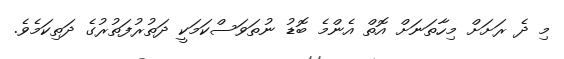
މި ދެ ރަށަށް މިހާތަނަށް އޮތް އެންމެ ބޮޑު ނުތަވަސްކަމަކީ ދަތުރުފަތުރުގެ ދަތިކަމެވެ.